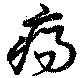
瘍